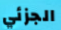
الجزئي